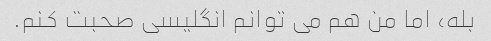
بله، اما من هم می توانم انگلیسی صحبت کنم.